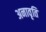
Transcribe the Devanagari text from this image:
अनावृति